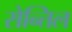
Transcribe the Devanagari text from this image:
सेन्तिल